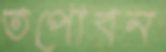
তপোবন